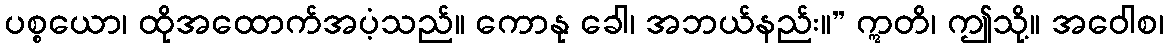
ပစ္စယော၊ ထိုအထောက်အပံ့သည်။ ကောနု ခေါ၊ အဘယ်နည်း။” ဣတိ၊ ဤသို့။ အဝေါစ၊